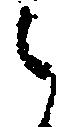
之